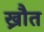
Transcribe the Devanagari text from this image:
ख्रौत